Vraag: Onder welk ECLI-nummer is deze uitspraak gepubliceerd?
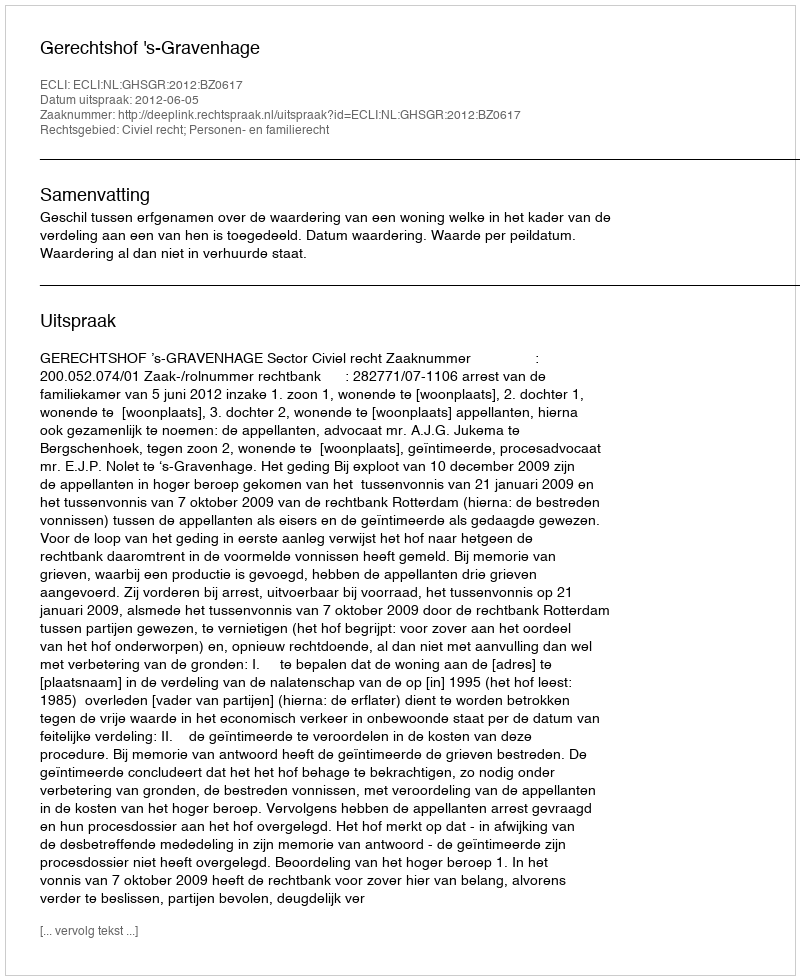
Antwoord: ECLI:NL:GHSGR:2012:BZ0617